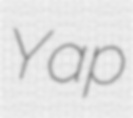
Yap